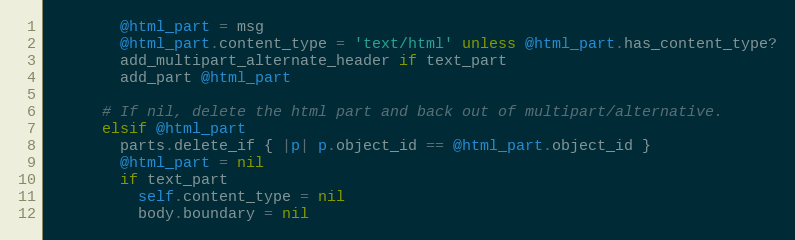
Language: Ruby
        @html_part = msg
        @html_part.content_type = 'text/html' unless @html_part.has_content_type?
        add_multipart_alternate_header if text_part
        add_part @html_part

      # If nil, delete the html part and back out of multipart/alternative.
      elsif @html_part
        parts.delete_if { |p| p.object_id == @html_part.object_id }
        @html_part = nil
        if text_part
          self.content_type = nil
          body.boundary = nil